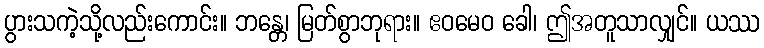
ပွားသကဲ့သို့လည်းကောင်း။ ဘန္တေ၊ မြတ်စွာဘုရား။ ဧဝမေဝ ခေါ၊ ဤအတူသာလျှင်။ ယဿ